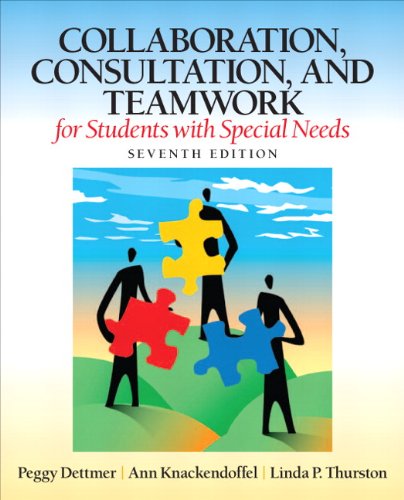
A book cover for Collaboration, Consultation, and Teamwork for Students with Special Needs (7th Edition); Peggy Dettmer; Politics & Social Sciences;